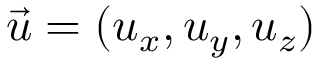
\vec { u } = ( u _ { x } , u _ { y } , u _ { z } )